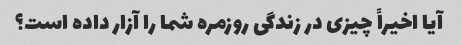
آیا اخیراً چیزی در زندگی روزمره شما را آزار داده است؟